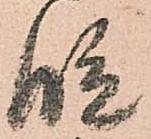
段